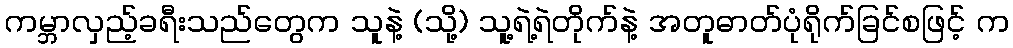
ကမ္ဘာလှည့်ခရီးသည်တွေက သူနဲ့ (သို့) သူ့ရဲ့ရဲတိုက်နဲ့ အတူဓာတ်ပုံရိုက်ခြင်စဖြင့် က